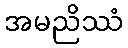
အမညိဿံ